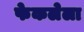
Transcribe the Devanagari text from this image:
फेकलेला